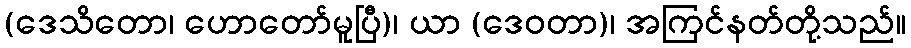
(ဒေသိတော၊ ဟောတော်မူပြီ)၊ ယာ (ဒေဝတာ)၊ အကြင်နတ်တို့သည်။